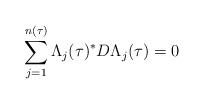
LaTeX: \begin{align*}\sum_{j=1}^{n(\tau)}\Lambda_j(\tau)^*D\Lambda_j(\tau)=0\end{align*}